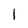
Character: 1